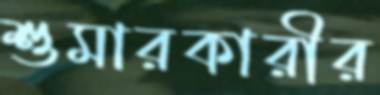
শুমারকারীর